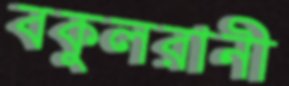
বকুলরানী